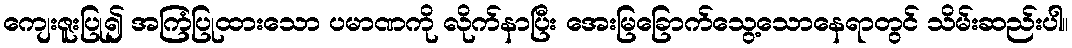
ကျေးဇူးပြု၍ အကြံပြုထားသော ပမာဏကို လိုက်နာပြီး အေးမြခြောက်သွေ့သောနေရာတွင် သိမ်းဆည်းပါ။